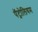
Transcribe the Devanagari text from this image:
पॅट्रोलियम